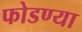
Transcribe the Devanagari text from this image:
फोडण्या